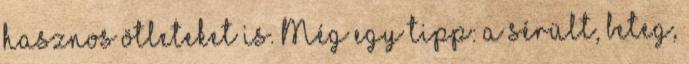
hasznos ötleteket is. Még egy tipp: a sérült, beteg,